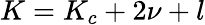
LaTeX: K=K_{c}+2\nu+l